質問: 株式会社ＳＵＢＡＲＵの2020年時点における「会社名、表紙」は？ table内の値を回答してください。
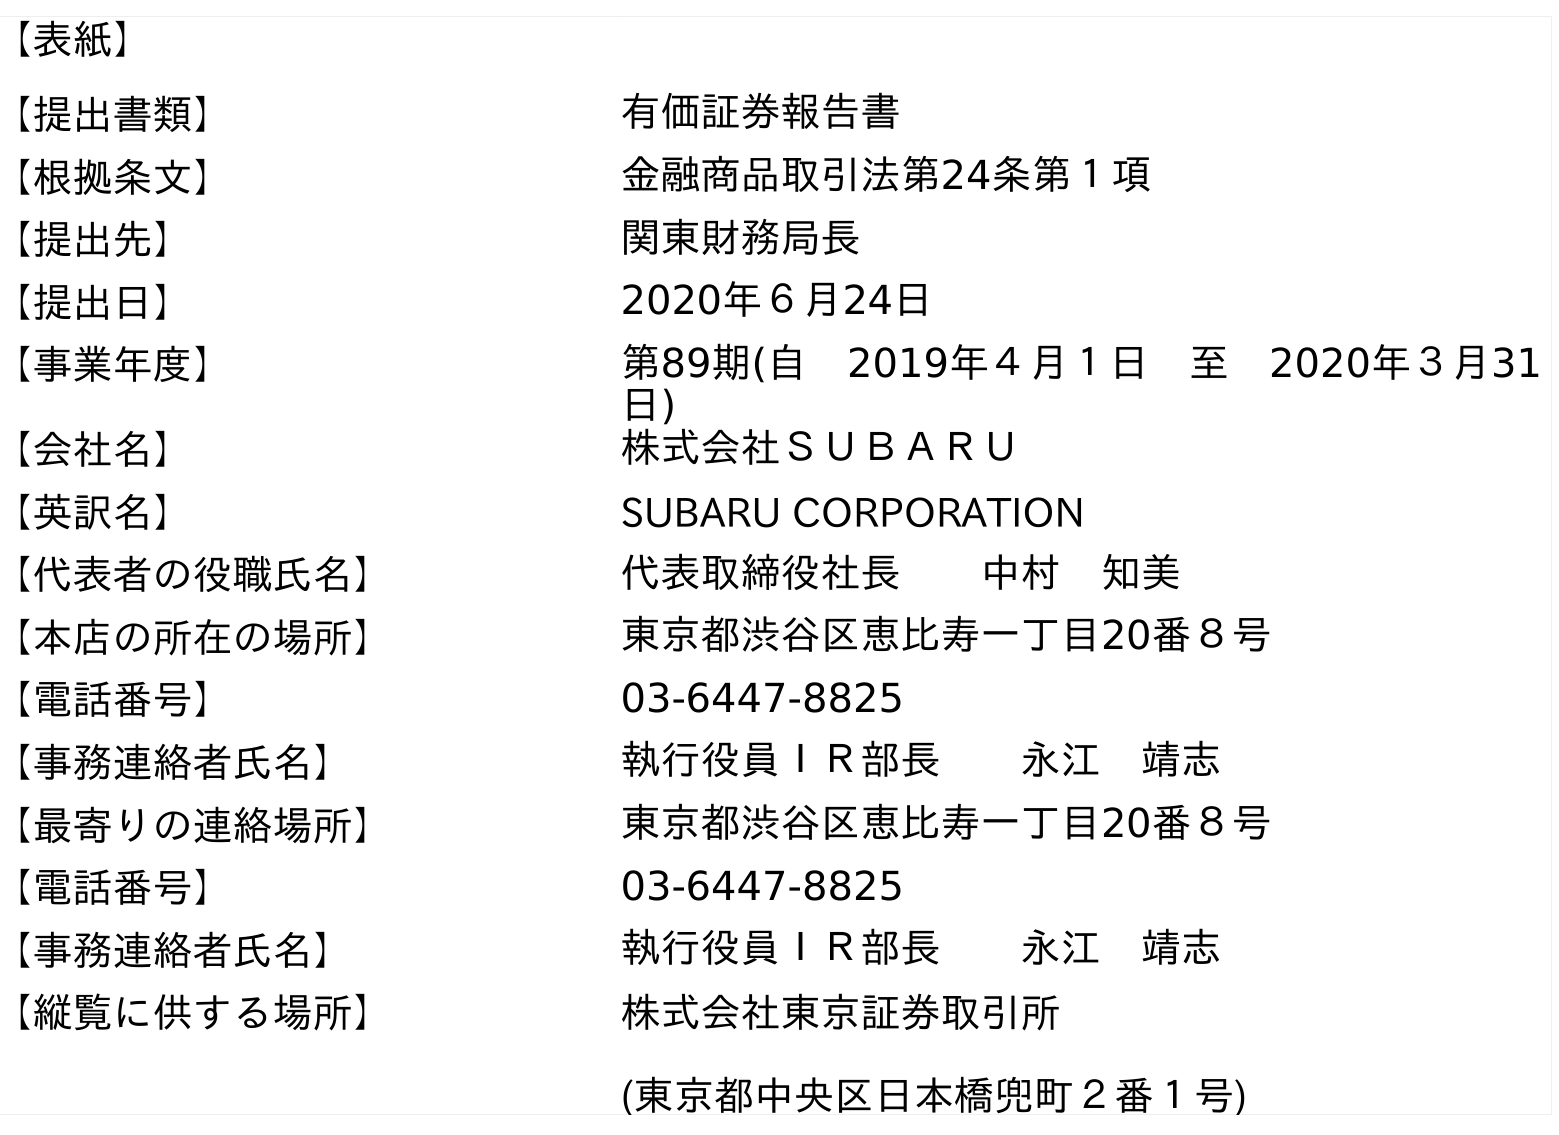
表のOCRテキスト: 【表紙】 【提出書類】 有価証券報告書 【根拠条文】 金融商品取引法第24条第１項 【提出先】 関東財務局長 【提出日】 2020年６月24日 【事業年度】 第89期(自 2019年４月１日 至 2020年３月31 日) 【会社名】 株式会社ＳＵＢＡＲＵ 【英訳名】 SUBARU CORPORATION 【代表者の役職氏名】 代表取締役社長  中村 知美 【本店の所在の場所】 東京都渋谷区恵比寿一丁目20番８号 【電話番号】 03-6447-8825 【事務連絡者氏名】 執行役員ＩＲ部長  永江 靖志 【最寄りの連絡場所】 東京都渋谷区恵比寿一丁目20番８号 【電話番号】 03-6447-8825 【事務連絡者氏名】 執行役員ＩＲ部長  永江 靖志 【縦覧に供する場所】 株式会社東京証券取引所 (東京都中央区日本橋兜町２番１号)
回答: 株式会社ＳＵＢＡＲＵ